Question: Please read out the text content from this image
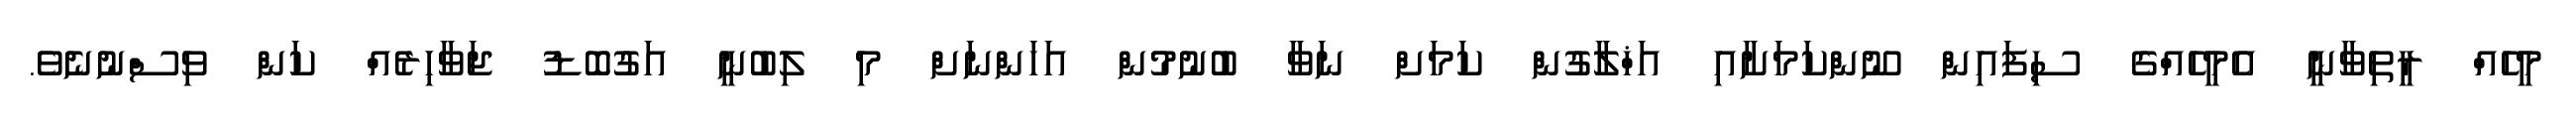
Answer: މީހެއް ރީތިވާނީ އެމީހެއްގެ ސިފައިން ނޫންކަމަށާއި އަޚްލާގުން ކަމަށް ނަވާ ބުނުމުން އަހަންނަށް މި ލިބުނީ އަގުބޮޑު ޖަވާހިރެއް ކަން ވިސްނުނެވެ.